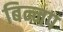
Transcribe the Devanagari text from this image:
बिन्नप